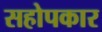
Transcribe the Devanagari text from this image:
सहोपकार